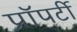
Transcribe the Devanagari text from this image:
प्राॅपर्टी